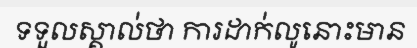
ទទួលស្គាល់ថា ការដាក់លូនោះមាន